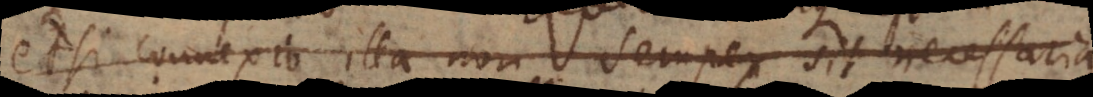
etsi connexio illa non semper sit necessaria